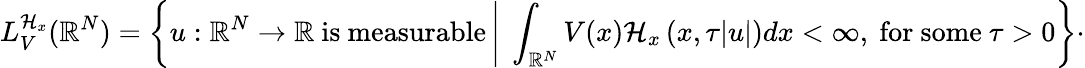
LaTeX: L_{V}^{\mathcal{H}_{x}}({\mathbb R}^{N})=\left\lbrace u:{\mathbb R}^{N}\rightarrow{\mathbb R}\ \mathrm{is~measurable}\left|\ \int_{{\mathbb R}^{N}}V(x)\mathcal{H}_{x}\left(x,\tau|u|\right)dx<\infty,\ \mathrm{for~some}\ \tau>0\right\rbrace\right.\cdot